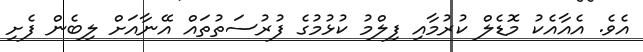
އެވެ. އެއާއެކު މޮޑެލް ކުރުމާއި ފިލްމު ކުޅުމުގެ ފުރުސަތުތައް އޭނާއަށް ލިބެން ފެށި